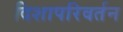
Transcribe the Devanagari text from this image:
दिशापरिवर्तन